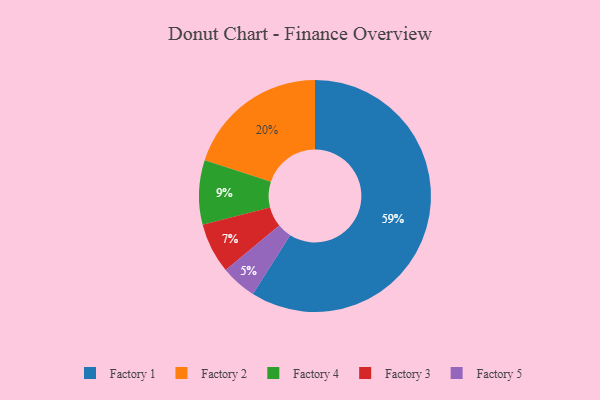
{"axis": {"x": "Category", "y": "Percentage"}, "legend": ["Factory 1", "Factory 2", "Factory 3", "Factory 4", "Factory 5"], "data": [{"x": "Factory 2", "y": 20, "type": "Factory 2"}, {"x": "Factory 4", "y": 9, "type": "Factory 4"}, {"x": "Factory 5", "y": 5, "type": "Factory 5"}, {"x": "Factory 1", "y": 59, "type": "Factory 1"}, {"x": "Factory 3", "y": 7, "type": "Factory 3"}]}